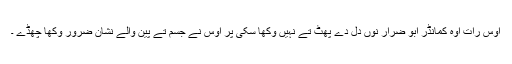
اوس رات اوہ کمانڈر ابو ضرار نوں دل دے پھٹ تے نہیں وکھا سکی پر اوس نے جسم تے پین والے نشان ضرور وکھا چھڈے ۔